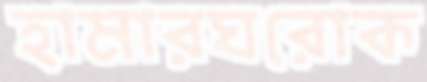
হামারঘরোক